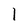
Character: 1